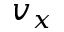
v _ { x }